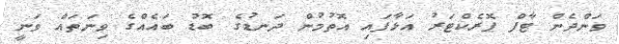
ވަންދެން ޓާފް ޕޮރެކްޓަރު އަޅާފައި އޮތުމުން ދަނޑުގެ ބޮޑު ބައެއްގެ ވިނަތައް ވަނީ